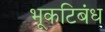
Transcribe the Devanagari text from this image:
भूकटिबंध